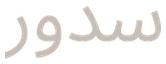
سدور